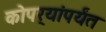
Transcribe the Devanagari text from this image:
कोपर्‍यांपर्यंत